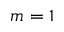
m = 1